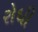
રોધી